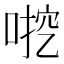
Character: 𫪶